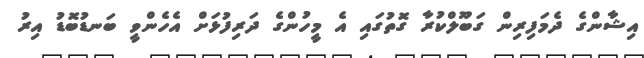
އިޝާންގެ ދެމަފިރިން ގަބޫލްކުރާ ގޮތުގައި އެ މީހުންގެ ދަރިފުޅަށް އެެހެންވީ ބަނޑުބޮޑު އިރު